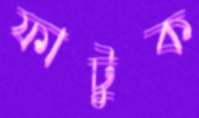
ফাটুক